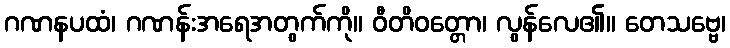
ဂဏနပထံ၊ ဂဏန်းအရေအတွက်ကို။ ဝီတိဝတ္တော၊ လွန်လေ၏။ တေသဗ္ဗေ၊